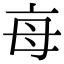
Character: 𣫭